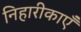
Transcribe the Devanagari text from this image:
निहारीकाएँ